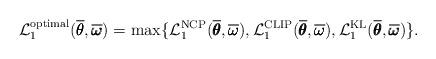
LaTeX: \begin{align*} \mathcal{L}^{\mathrm{optimal}}_{1}(\overline{\pmb{\theta}}, \overline{\pmb{\omega}}) = \max\{\mathcal{L}^{\mathrm{NCP}}_{1}(\overline{\pmb{\theta}}, \overline{\pmb{\omega}}), \mathcal{L}^{\mathrm{CLIP}}_{1}(\overline{\pmb{\theta}}, \overline{\pmb{\omega}}), \mathcal{L}^{\mathrm{KL}}_{1}(\overline{\pmb{\theta}}, \overline{\pmb{\omega}})\}.\end{align*}